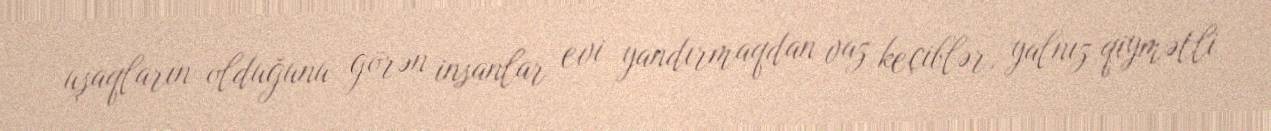
uşaqların olduğunu görən insanlar evi yandırmaqdan vaz keçiblər, yalnız qiymətli